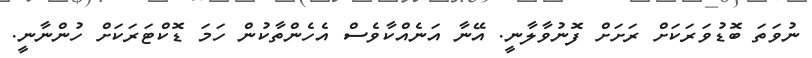
ނުވަތަ ބޮޑުވަރަކަށް ރަށަށް ފޮނުވާލާނީ. އޭނާ އަނެއްކާވެސް އެހެންތާކުން ހަމަ ޑޮކްޓަރަކަށް ހުންނާނީ.